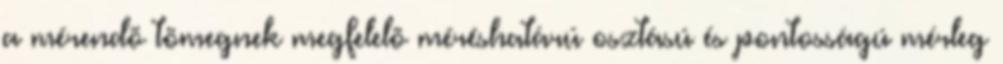
a mérendõ tömegnek megfelelõ méréshatárú osztású és pontosságú mérleg